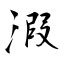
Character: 溊